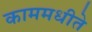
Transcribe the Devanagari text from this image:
काममधीते